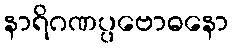
နာရိဂဏပ္ပဗောဓနော